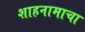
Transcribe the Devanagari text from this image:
शाहनामाचा